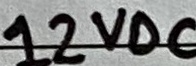
Text: 12VDC